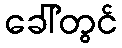
ခေါ်တွင်